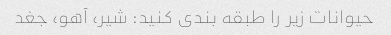
حیوانات زیر را طبقه بندی کنید: شیر، آهو، جغد